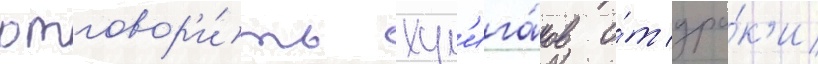
отговор'и́ть хул'ига́нов о́т дра́к'и